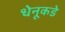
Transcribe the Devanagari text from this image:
धेनूकडे